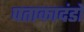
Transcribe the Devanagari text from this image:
पताकादंडों